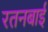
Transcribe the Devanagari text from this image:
रतनबाई